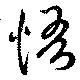
悟